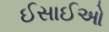
ઈસાઈઓ